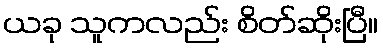
ယခု သူကလည်း စိတ်ဆိုးပြီ။